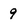
Character: 9